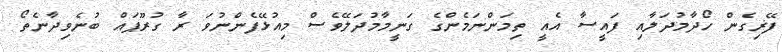
ފޭޜިގެން ހޯދާމުދަލާއި ފައީސާ އެއީ ތިމަންނަމެންގެ ގަނީމާމުދަލޭވެސް މިއުޅޭފެންނުވަ ރާ ގުރޫޕައް ބުނެވިދާނެތޯ